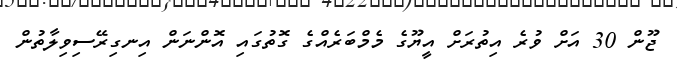
ޖޫން 30 އަށް ވުރެ އިތުރަށް އީޔޫގެ މެމްބަރެއްގެ ގޮތުގައި އޮންނަން އިނގިރޭސިވިލާތުން